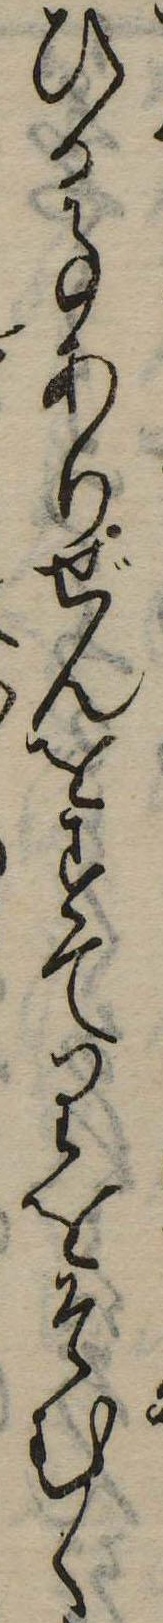
ひる事ありぜんをすてりをそむく